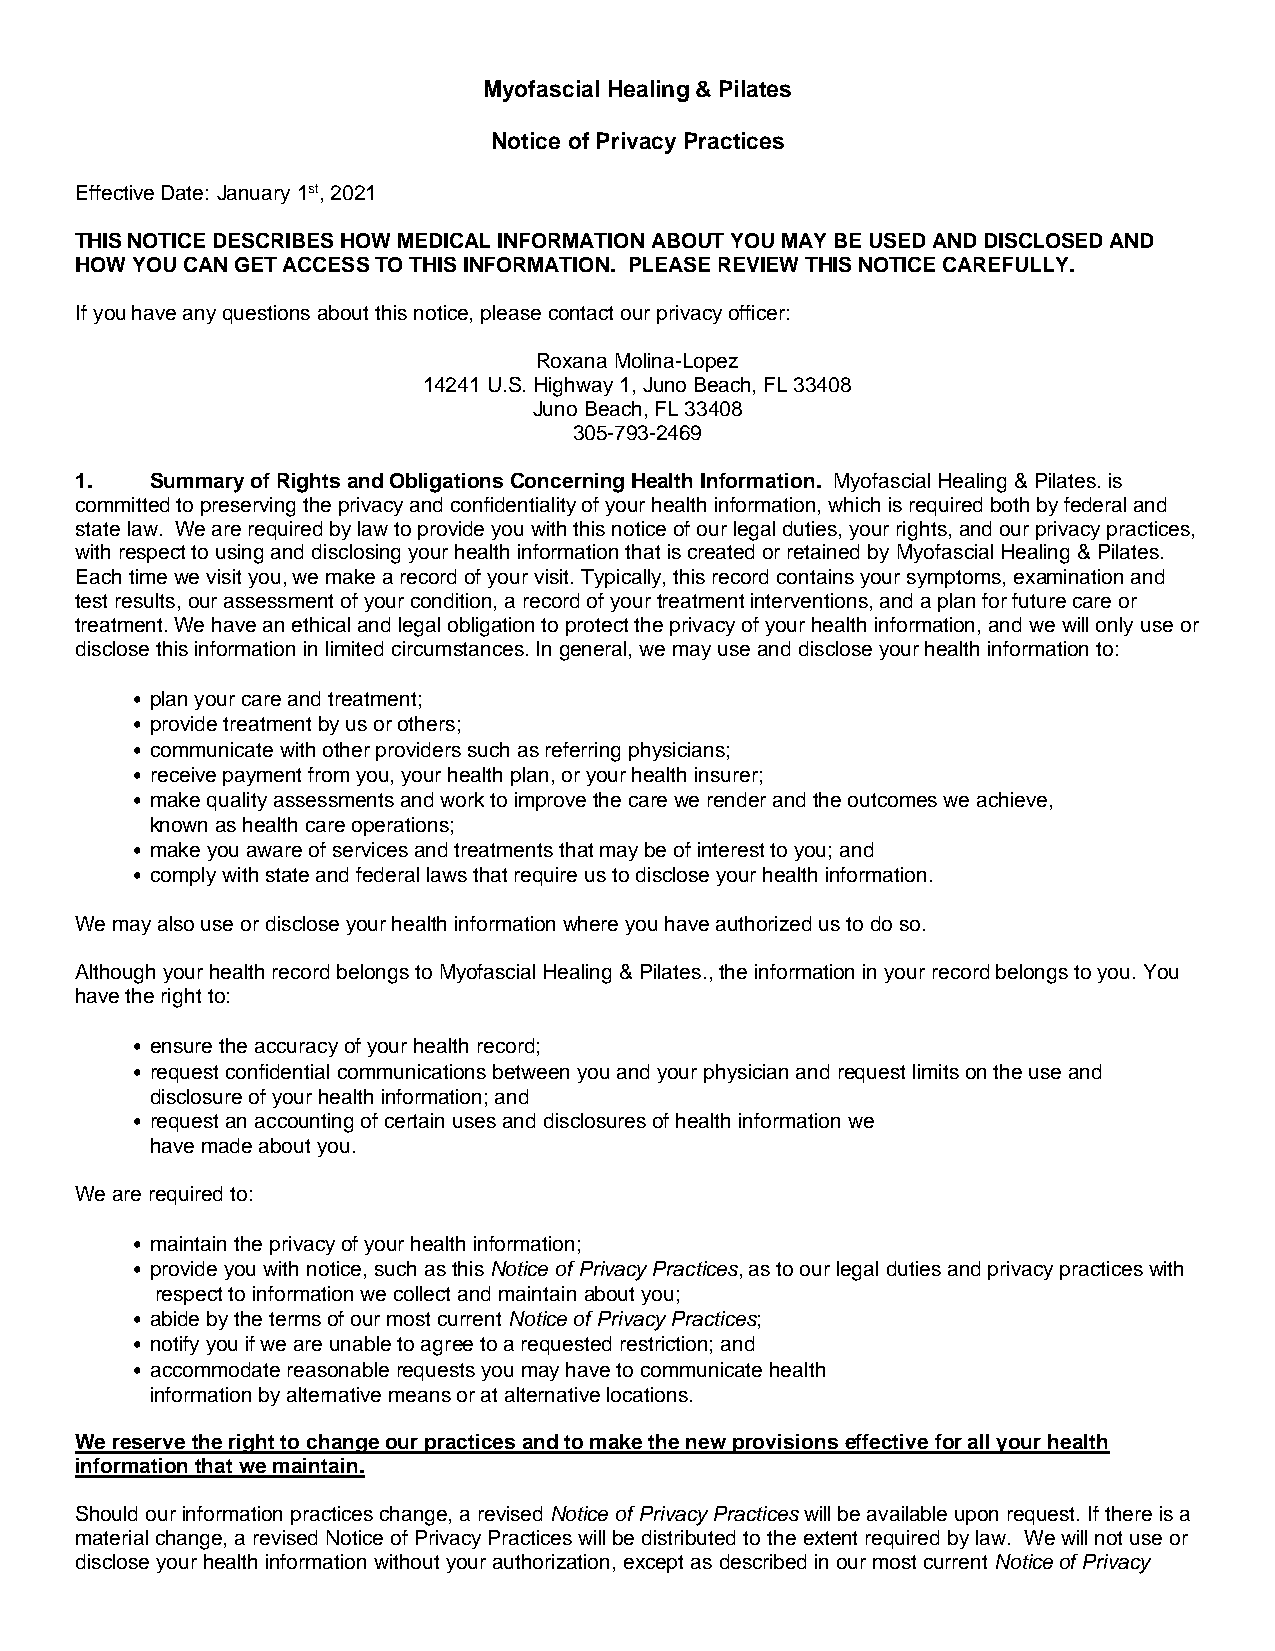
Myofascial Healing & Pilates
 Notice of Privacy Practices
 Effective Date: January 1st, 2021
 THIS NOTICE DESCRIBES HOW MEDICAL INFORMATION ABOUT YOU MAY BE USED AND DISCLOSED AND
 HOW YOU CAN GET ACCESS TO THIS INFORMATION. PLEASE REVIEW THIS NOTICE CAREFULLY.
 If you have any questions about this notice, please contact our privacy officer:
 Roxana Molina-Lopez
 14241 U.S. Highway 1, Juno Beach, FL 33408
 Juno Beach, FL 33408
 305-793-2469
 1.   Summary of Rights and Obligations Concerning Health Information. Myofascial Healing & Pilates. is
 committed to preserving the privacy and confidentiality of your health information, which is required both by federal and
 state law. We are required by law to provide you with this notice of our legal duties, your rights, and our privacy practices,
 with respect to using and disclosing your health information that is created or retained by Myofascial Healing & Pilates.
 Each time we visit you, we make a record of your visit. Typically, this record contains your symptoms, examination and
 test results, our assessment of your condition, a record of your treatment interventions, and a plan for future care or
 treatment. We have an ethical and legal obligation to protect the privacy of your health information, and we will only use or
 disclose this information in limited circumstances. In general, we may use and disclose your health information to:
 • plan your care and treatment;
 • provide treatment by us or others;
 • communicate with other providers such as referring physicians;
 • receive payment from you, your health plan, or your health insurer;
 • make quality assessments and work to improve the care we render and the outcomes we achieve,
 known as health care operations;
 • make you aware of services and treatments that may be of interest to you; and
 • comply with state and federal laws that require us to disclose your health information.
 We may also use or disclose your health information where you have authorized us to do so.
 Although your health record belongs to Myofascial Healing & Pilates., the information in your record belongs to you. You
 have the right to:
 • ensure the accuracy of your health record;
 • request confidential communications between you and your physician and request limits on the use and
 disclosure of your health information; and
 • request an accounting of certain uses and disclosures of health information we
 have made about you.
 We are required to:
 • maintain the privacy of your health information;
 • provide you with notice, such as this Notice of Privacy Practices, as to our legal duties and privacy practices with
 respect to information we collect and maintain about you;
 • abide by the terms of our most current Notice of Privacy Practices;
 • notify you if we are unable to agree to a requested restriction; and
 • accommodate reasonable requests you may have to communicate health
 information by alternative means or at alternative locations.
 We reserve the right to change our practices and to make the new provisions effective for all your health
 information that we maintain.
 Should our information practices change, a revised Notice of Privacy Practices will be available upon request. If there is a
 material change, a revised Notice of Privacy Practices will be distributed to the extent required by law. We will not use or
 disclose your health information without your authorization, except as described in our most current Notice of Privacy